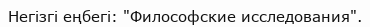
Негізгі еңбегі: "Философские исследования".